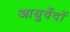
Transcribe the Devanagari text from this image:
आयुर्वेदों